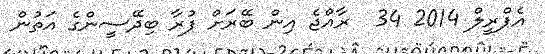
އެޕްރީލް 2014 34  ރާއްޖެ އިން ބޭރަށް ފުރާ ބިދޭސީންގެ އަތުން